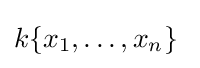
k\{x_{1},\ldots ,x_{n}\}\